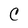
Character: C